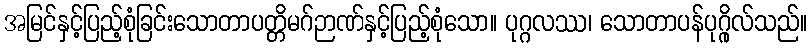
အမြင်နှင့်ပြည့်စုံခြင်းသောတာပတ္တိမဂ်ဉာဏ်နှင့်ပြည့်စုံသော။ ပုဂ္ဂလဿ၊ သောတာပန်ပုဂ္ဂိုလ်သည်။